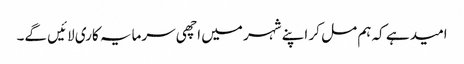
امید ہے کہ ہم مل کر اپنے شہر میں اچھی سرمایہ کاری لائیں گے۔